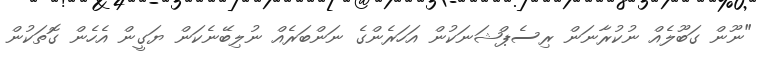
"ނޫން ގަބޫލެއް ނުކުރާނަން ރިސެޕްޝަނަކުން އަހަރެންގެ ނަންބަރެއް ނުލިބޭނެކަން ޔަގީން އެހެން ގޮތަކުން